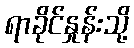
ရာခိုင်နှုန်းသို့